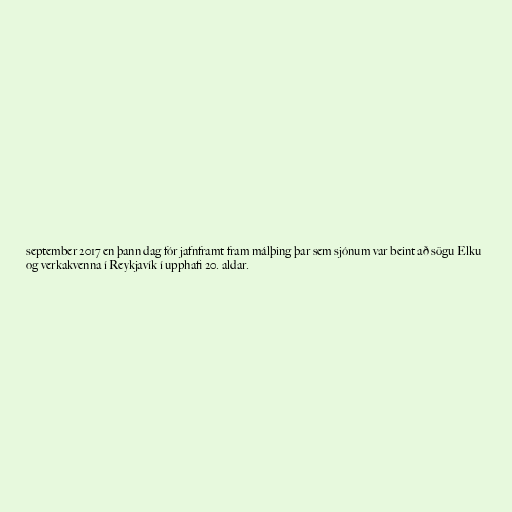
september 2017 en þann dag fór jafnframt fram málþing þar sem sjónum var beint að sögu Elku
og verkakvenna í Reykjavík í upphafi 20. aldar.